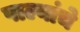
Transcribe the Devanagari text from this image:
पाल्यांचे